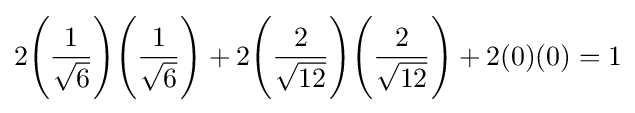
2{\Bigg (}{\frac {1}{\sqrt {6}}}{\Bigg )}{\Bigg (}{\frac {1}{\sqrt {6}}}{\Bigg )}+2{\Bigg (}{\frac {2}{\sqrt {12}}}{\Bigg )}{\Bigg (}{\frac {2}{\sqrt {12}}}{\Bigg )}+2(0)(0)=1